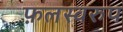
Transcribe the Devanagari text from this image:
फ़लस्वरुप